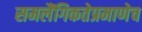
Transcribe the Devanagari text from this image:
समलैंगिकतेप्रमाणेच